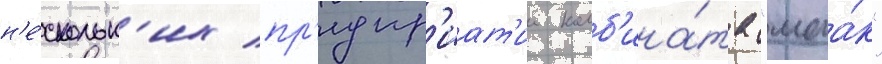
н'е́скольк'их пр'едпр'иат'ии комб'ина́та "маа́к"